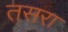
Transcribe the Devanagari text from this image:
तसरा